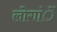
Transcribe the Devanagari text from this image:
लोगांें